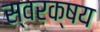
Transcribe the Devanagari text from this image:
स्वरक्षय